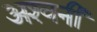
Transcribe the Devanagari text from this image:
अश्‍वनी